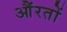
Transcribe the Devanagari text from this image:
औंरतों